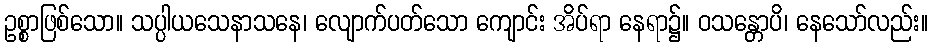
ဥစ္စာဖြစ်သော။ သပ္ပါယသေနာသနေ၊ လျောက်ပတ်သော ကျောင်း အိပ်ရာ နေရာ၌။ ဝသန္တောပိ၊ နေသော်လည်း။